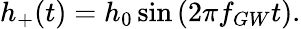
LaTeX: h_{+}(t)=h_{0}\sin{(2\pi f_{GW}t)}.